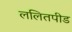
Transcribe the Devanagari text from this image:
ललितपीड